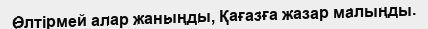
Өлтірмей алар жаныңды, Қағазға жазар малыңды.